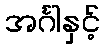
အင်္ဂါနှင့်